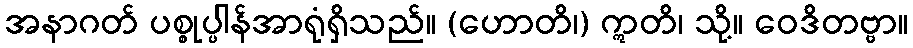
အနာဂတ် ပစ္စုပ္ပါန်အာရုံရှိသည်။ (ဟောတိ၊) ဣတိ၊ သို့။ ဝေဒိတဗ္ဗာ။